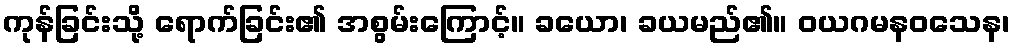
ကုန်ခြင်းသို့ ရောက်ခြင်း၏ အစွမ်းကြောင့်။ ခယော၊ ခယမည်၏။ ဝယဂမနဝသေန၊